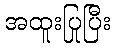
အထူးပြုပြီး